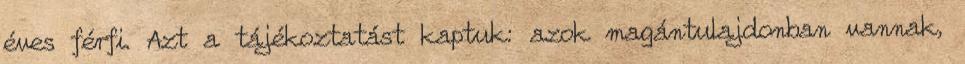
éves férfi. Azt a tájékoztatást kaptuk: azok magántulajdonban vannak,